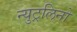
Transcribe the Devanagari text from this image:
न्युट्रलिनो